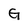
Character: G